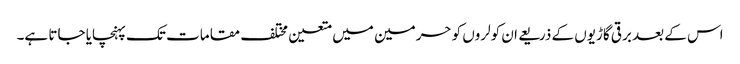
اس کے بعد برقی گاڑیوں کے ذریعے ان کولروں کو حرمین میں متعین مختلف مقامات تک پہنچایا جاتا ہے۔